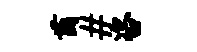
茵#咨